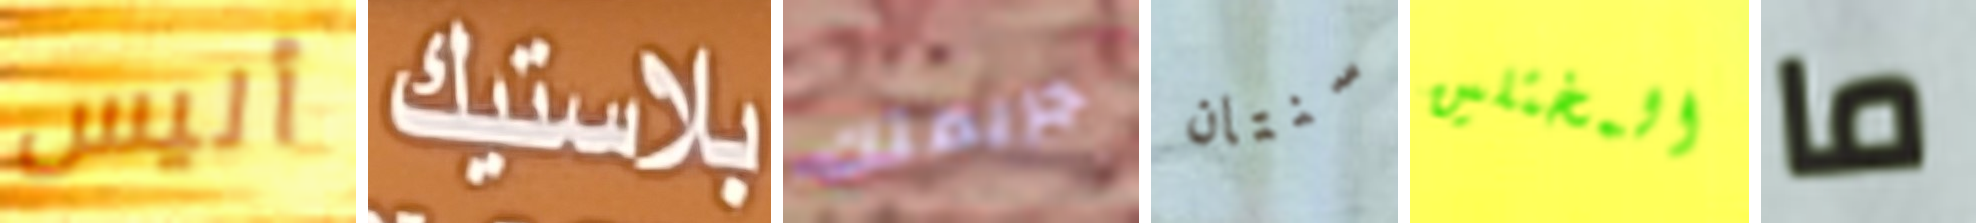
أليس بلاستيك جريمتك سنتان المختلين ما